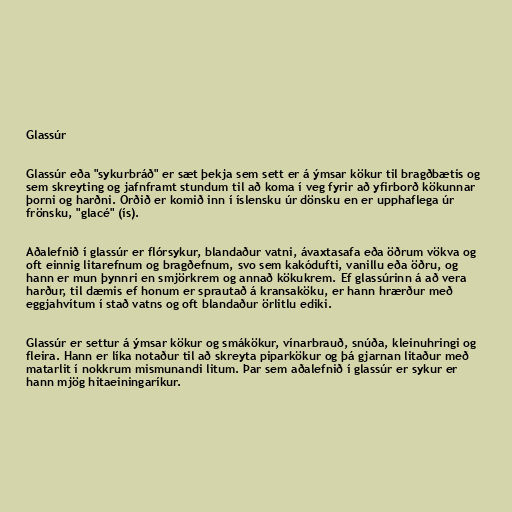
Glassúr

Glassúr eða "sykurbráð" er sæt þekja sem sett er á ýmsar kökur til bragðbætis og
sem skreyting og jafnframt stundum til að koma í veg fyrir að yfirborð kökunnar
þorni og harðni. Orðið er komið inn í íslensku úr dönsku en er upphaflega úr
frönsku, "glacé" (ís).

Aðalefnið í glassúr er flórsykur, blandaður vatni, ávaxtasafa eða öðrum vökva og
oft einnig litarefnum og bragðefnum, svo sem kakódufti, vanillu eða öðru, og
hann er mun þynnri en smjörkrem og annað kökukrem. Ef glassúrinn á að vera
harður, til dæmis ef honum er sprautað á kransaköku, er hann hrærður með
eggjahvítum í stað vatns og oft blandaður örlitlu ediki.

Glassúr er settur á ýmsar kökur og smákökur, vínarbrauð, snúða, kleinuhringi og
fleira. Hann er líka notaður til að skreyta piparkökur og þá gjarnan litaður með
matarlit í nokkrum mismunandi litum. Þar sem aðalefnið í glassúr er sykur er
hann mjög hitaeiningaríkur.